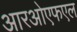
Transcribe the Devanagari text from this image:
आरओएफएल